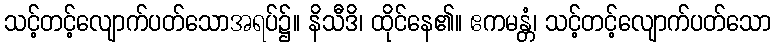
သင့်တင့်လျောက်ပတ်သောအရပ်၌။ နိသီဒိ၊ ထိုင်နေ၏။ ဧကမန္တံ၊ သင့်တင့်လျောက်ပတ်သော